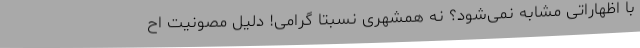
با اظهاراتی مشابه نمی‌شود؟ نه همشهری نسبتاً گرامی! دلیل مصونیت اح